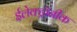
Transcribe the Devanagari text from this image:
ईलेक्ट्रॉनीक